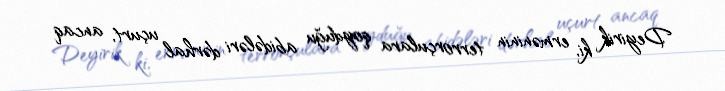
Deyirik ki, erməninin terrorçulara qoyduğu abidələri dərhal uçurt, ancaq